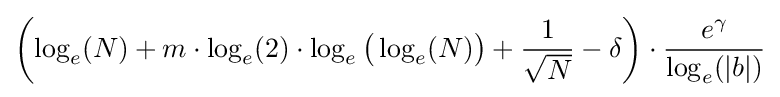
\left(\log _{e}(N)+m\cdot \log _{e}(2)\cdot \log _{e}{\big (}\log _{e}(N){\big )}+{\frac {1}{\sqrt {N}}}-\delta \right)\cdot {\frac {e^{\gamma }}{\log _{e}(|b|)}}